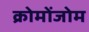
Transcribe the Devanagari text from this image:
क्रोमोंजोम